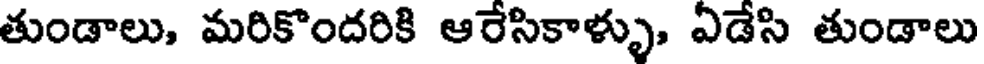
తుండాలు, మరికొందరికి ఆరేసికాళ్ళు, ఏడేసి తుండాలు